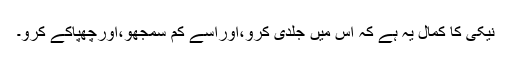
نیکی کا کمال یہ ہے کہ اس میں جلدی کرو،اوراسے کم سمجھو،اورچھپاکے کرو۔